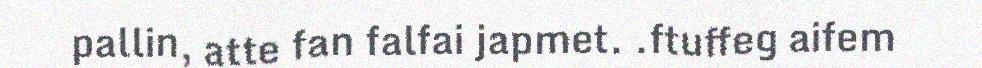
pallin, atte fan falfai japmet. .ftuffeg aifem